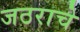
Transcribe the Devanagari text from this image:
जठराचे